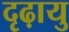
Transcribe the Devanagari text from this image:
दृढ़ायु